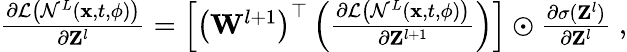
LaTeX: \begin{array}{r}{\frac{\partial\mathcal{L}\left(\mathcal{N}^{L}({\mathbf x},t,{\mathbf\phi})\right)}{\partial{\mathbf Z}^{l}}=\left[\left({\mathbf W}^{l+1}\right)^{\top}\left(\frac{\partial\mathcal{L}\left(\mathcal{N}^{L}({\mathbf x},t,{\mathbf\phi})\right)}{\partial{\mathbf Z}^{l+1}}\right)\right]\odot\frac{\partial\sigma({\mathbf Z}^{l})}{\partial{\mathbf Z}^{l}}\; ,}\end{array}